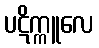
ပဋိက္ကူလေ